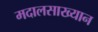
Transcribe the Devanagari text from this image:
मदालसाख्यान